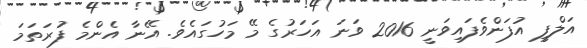
އަލްފީ އުފަންވެފައިވަނީ 2016 ވަނަ އަހަރުގެ މޭ މަހުގައެވެ. އޭނާ އެންމެ ފުރަތަމަ